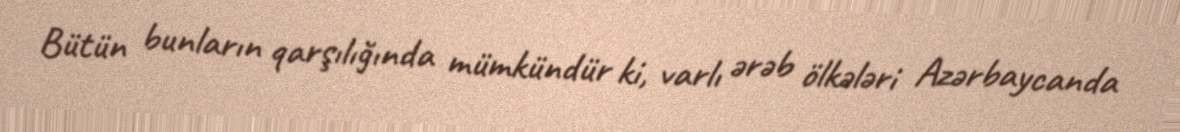
Bütün bunların qarşılığında mümkündür ki, varlı ərəb ölkələri Azərbaycanda